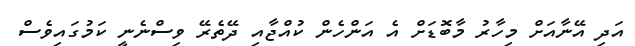
އަދި އޭނާއަށް މިހާރު މާބޮޑަށް އެ އަންހެން ކުއްޖާއި ދޭތެރޭ ވިސްނެނީ ކަމުގައިވެސް